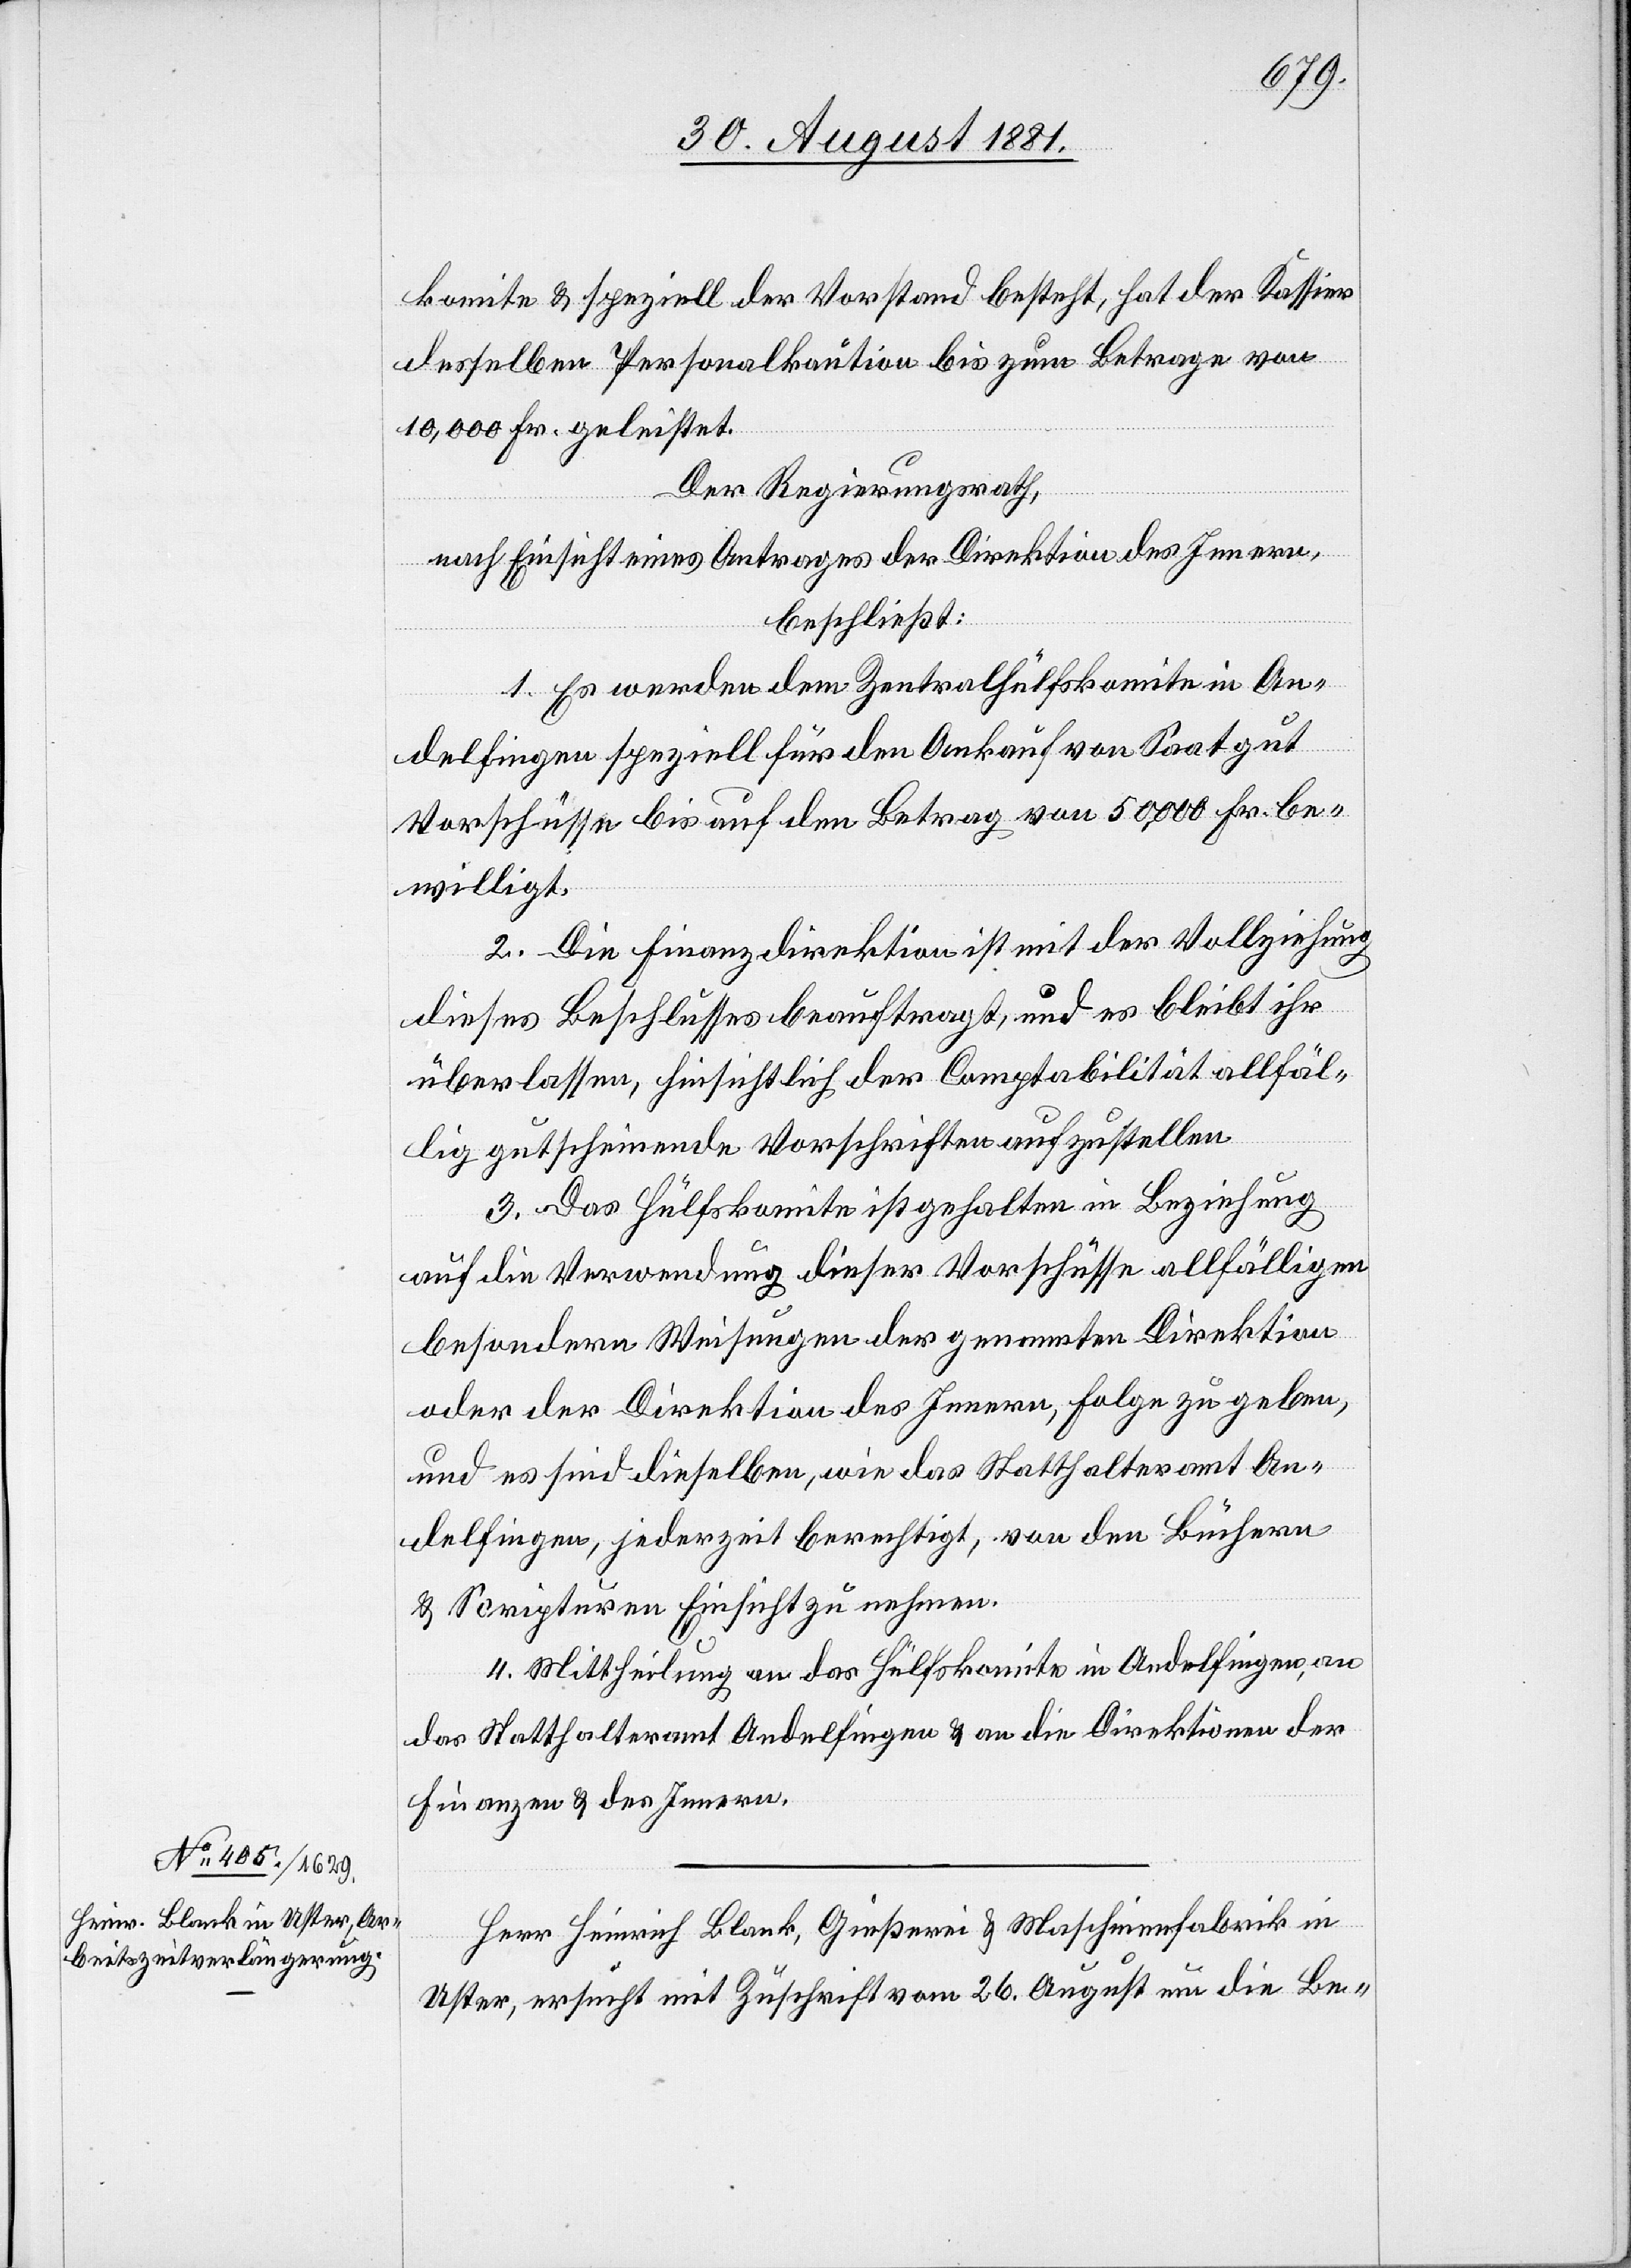
komite & speziell der Vorstand besteh, hat der Kassier
desselben Personalkaution bis zum Betrage von
10,000Fr. geleistet.
Der Regierungsrath,
nach Einsicht eines Antrages der Direktion des Innern,
beschließt:
1. Es werden dem Zentralhülfskomite in An¬
delfingen speziell für den Ankauf von Saatgut
Vorschüsse bis auf den Betrag von 50,000 Fr. be¬
willigt.
2. Die Finanzdirektion ist mit der Vollziehung
dieses Beschlusses beauftragt, und es bleibt ihr
überlassen, hinsichtlich der Compabilität allfäl¬
lig gutscheinende Vorschriften aufzustellen.
3. Das Hülfskomite ist gehalten in Beziehung
auf die Verwendung dieser Vorschüsse allfälligen
besondern Weisungen der genannten Direktion
oder der Direktion des Innern, Folge zu geben,
2.
und es sind dieselben, wie das Statthalteramt An¬
delfingen, jederzeit berechtigt, von den Büchern
& Scripturen Einsicht zu nehmen.
4. Mittheilung an das Hülfskomite in Andelfingen, an
das Statthalteramt Andelfingen & an die Direktionen der
Finanzen & des Innern.
Herr Heinrich Blank, Gießerei & Maschinenfabrik in
Uster, ersucht mit Zuschrift vom 26. August um die Be-